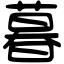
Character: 暮